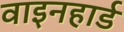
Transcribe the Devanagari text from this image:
वाइनहार्ड